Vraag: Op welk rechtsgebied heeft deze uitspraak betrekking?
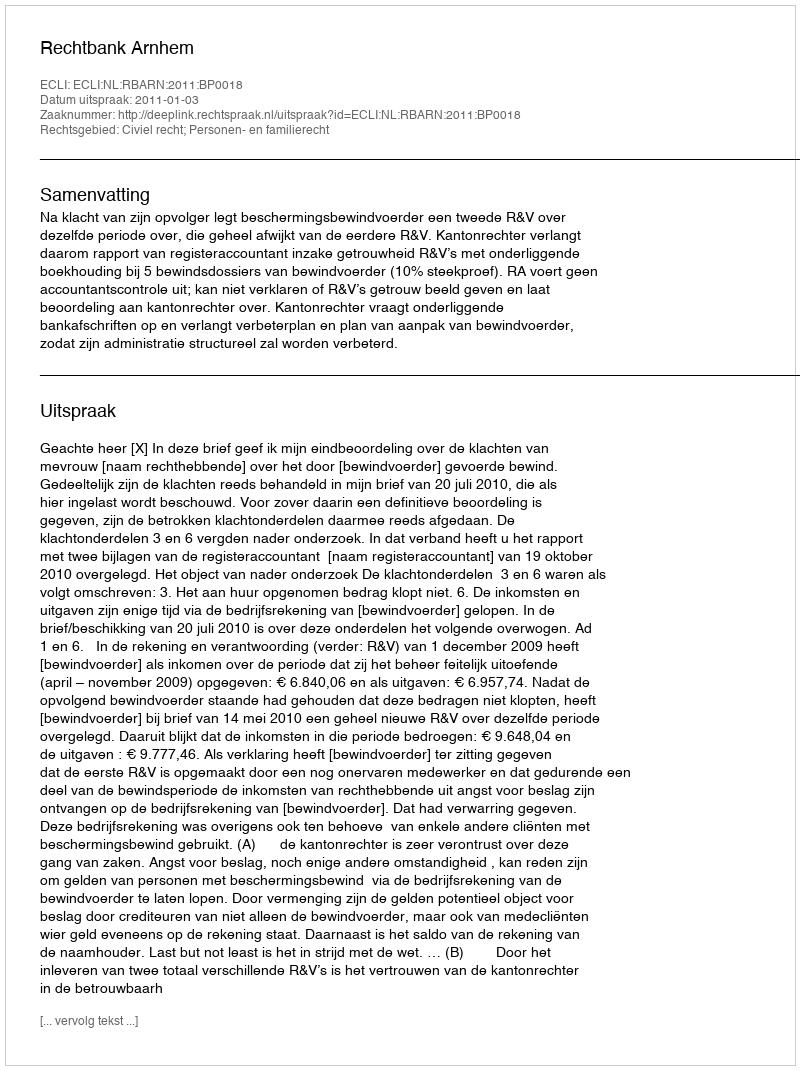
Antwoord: Civiel recht; Personen- en familierecht